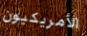
الأمريكيون